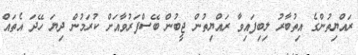
ރައްޔިތުންގެ އިތުބާރު ލިބިފައިވާ ރައްޔިތުން ޖީބުން ބޭސްފަރުވާއަށް ކުރަމުން ދިޔަ ހޭދަ އެތައް